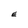
Character: E